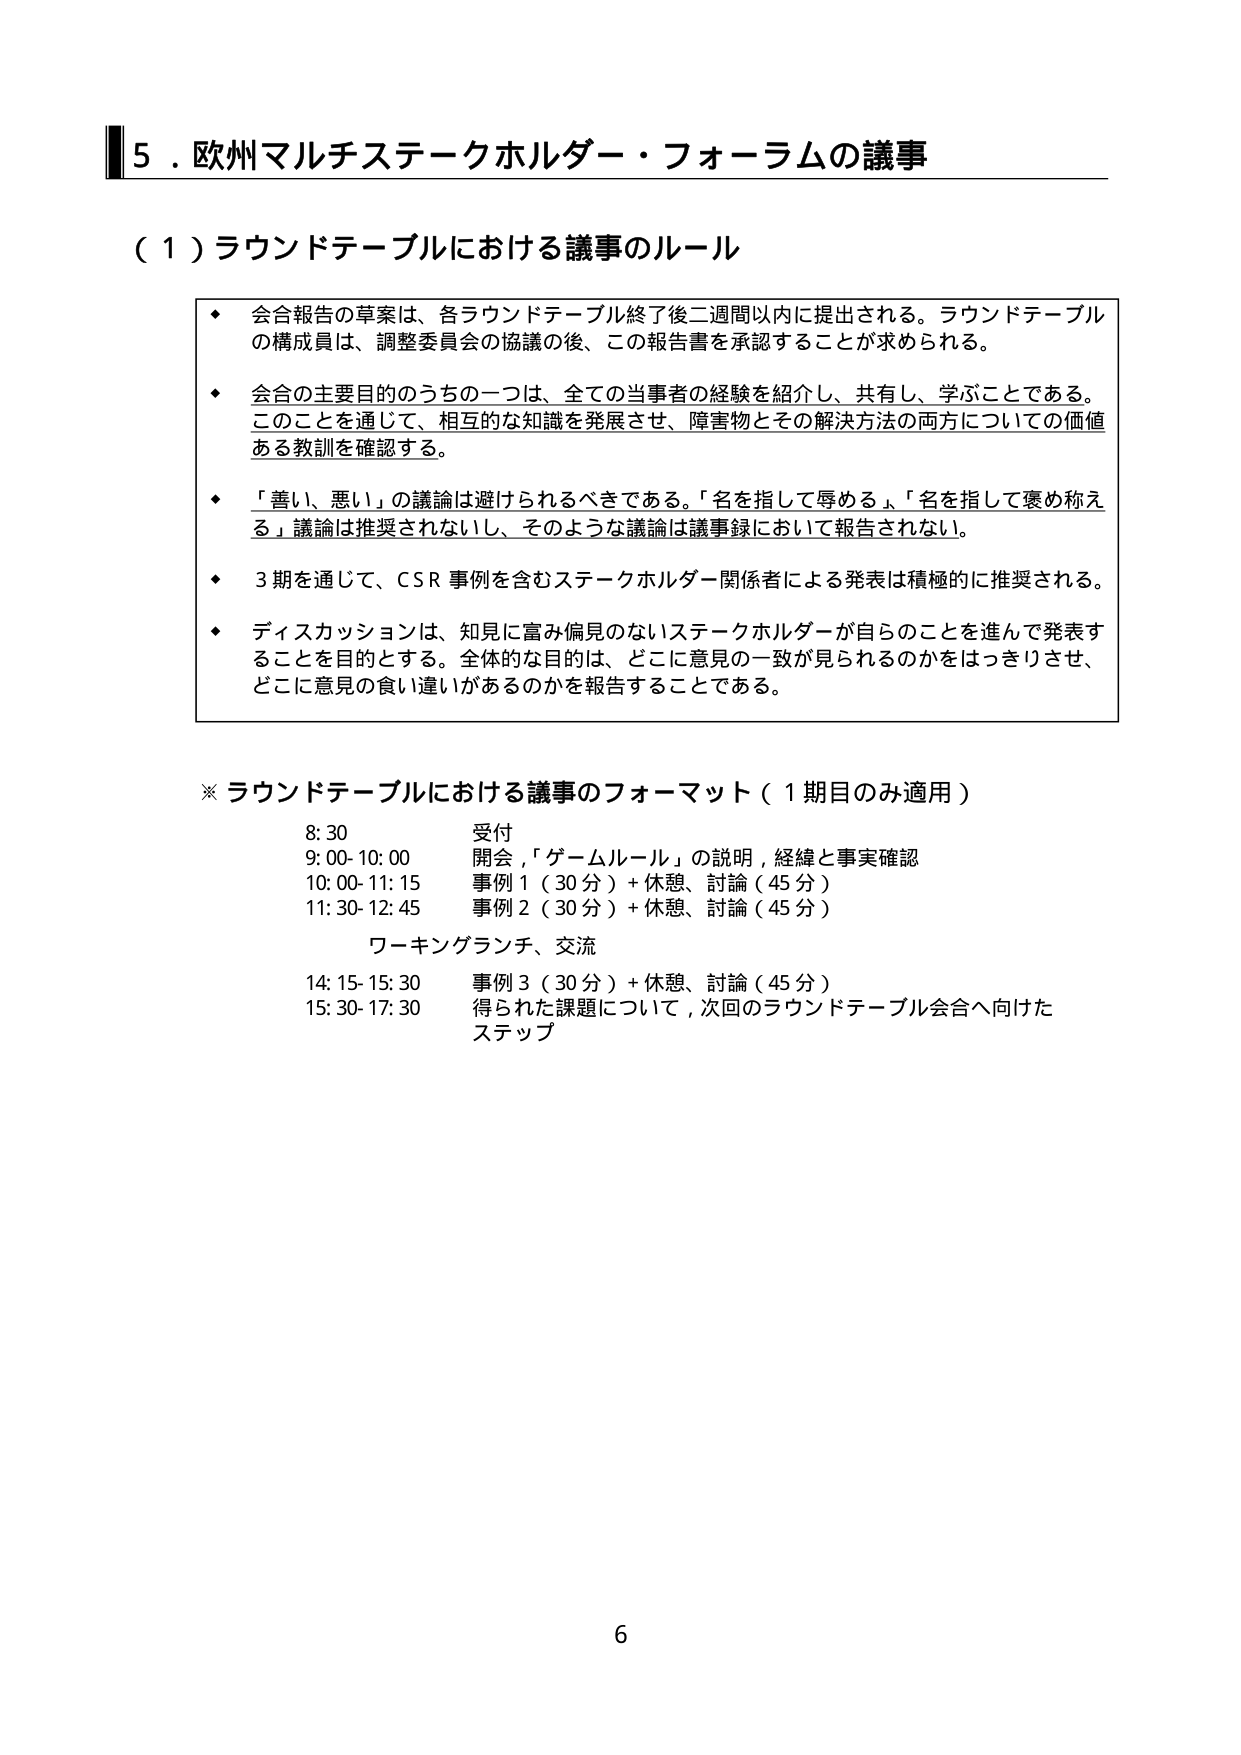
5．欧州マルチステークホルダー・フォーラムの議事

（1）ラウンドテーブルにおける議事のルール

◆ 会合報告の草案は、各ラウンドテーブル終了後二週間以内に提出される。ラウンドテーブルの構成員は、調整委員会の協議の後、この報告書を承認することが求められる。

◆ 会合の主要目的のうちの一つは、全ての当事者の経験を紹介し、共有し、学ぶことである。このことを通じて、相互的な知識を発展させ、障害物とその解決方法の両方についての価値ある教訓を確認する。

◆ 「善い、悪い」の議論は避けられるべきである。「名を指して辱める」「名を指して褒め称える」議論は推奨されないし、そのような議論は議事録において報告されない。

◆ 3期を通じて、CSR事例を含むステークホルダー関係者による発表は積極的に推奨される。

◆ ディスカッションは、知見に富み偏見のないステークホルダーが自らのことを進んで発表することを目的とする。全体的な目的は、どこに意見の一致が見られるのかをはっきりさせ、どこに意見の食い違いがあるのかを報告することである。

※ ラウンドテーブルにおける議事のフォーマット（1期目のみ適用）

8:30 受付
9:00-10:00 開会、「ゲームルール」の説明、経緯と事実確認
10:00-11:15 事例1（30分）＋休憩、討論（45分）
11:30-12:45 事例2（30分）＋休憩、討論（45分）
ワーキングランチ、交流
14:15-15:30 事例3（30分）＋休憩、討論（45分）
15:30-17:30 得られた課題について、次回のラウンドテーブル会合へ向けたステップ

6